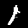
Digit: 1